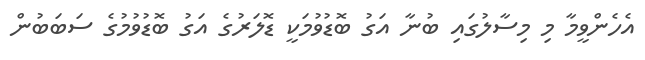
އެހެންވީމާ މި މިސާލުގައި ބުނާ އަގު ބޮޑުވުމަކީ ޑޮލަރުގެ އަގު ބޮޑުވުމުގެ ސަބަބުން